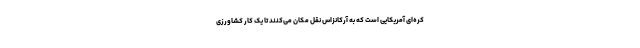
کره‌ای آمریکایی است که به آرکانزاس نقل مکان می‌کنند تا یک کار کشاورزی